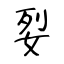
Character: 姴